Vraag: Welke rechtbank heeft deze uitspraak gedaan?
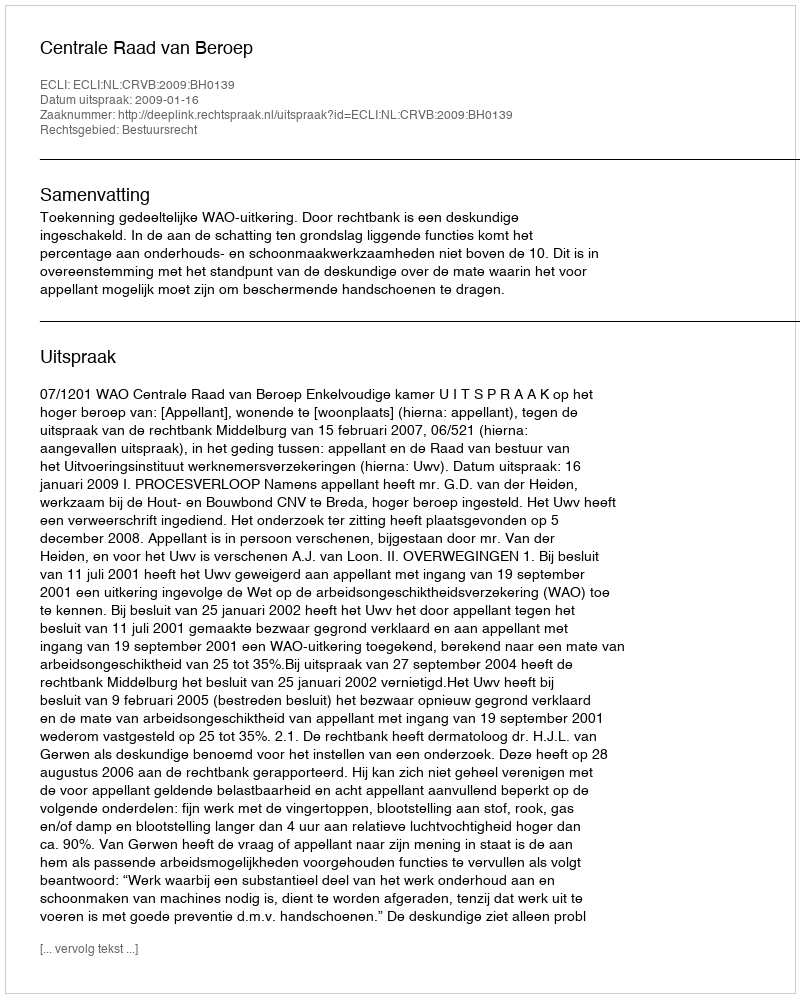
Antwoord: Centrale Raad van Beroep